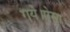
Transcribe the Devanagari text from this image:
गये।ऐसा